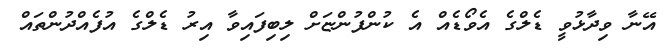
އޭނާ ވިދާޅުވީ ޑެލްގެ އެވޯޑެއް އެ ކުންފުންޏަށް ލިބިފައިވާ އިރު ޑެލްގެ އުފެއްދުންތައް